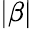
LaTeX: |\beta|